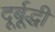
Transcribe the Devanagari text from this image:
दूर्बूद्धी